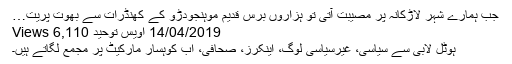
جب ہمارے شہر لاڑکانہ پر مصیبت آتی تو ہزاروں برس قدیم موہنجودڑو کے کھنڈرات سے بھوت پریت…
14/04/2019 اویس توحید 6,110 Views
ہوٹل لابی سے سیاسی، غیرسیاسی لوگ، اینکرز، صحافی، اب کوہسار مارکیٹ پر مجمع لگاتے ہیں۔